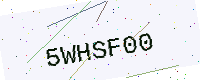
Text: 5WHSF00